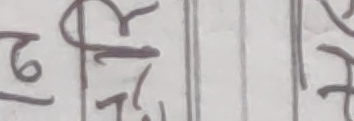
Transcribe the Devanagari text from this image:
ढु१म